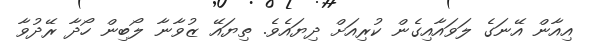
އިއާން އޭނަގެ ލަވައާއިގެން ކުރިއަށް ދިޔައެވެ. ތިޔައޭ ޒުވާނާ ލޯބިން ހޯދާ ރޭދުވާ